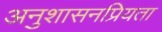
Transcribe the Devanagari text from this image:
अनुशासनप्रियता